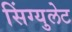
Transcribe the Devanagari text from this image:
सिंग्युलेट